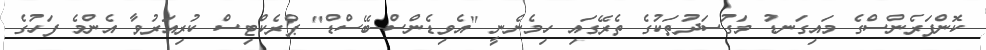
ކޮންފަރެންސްގެ މައިގަނޑު މަގުސަދުތަކުގެ ތެރޭގައި ހިމެނެނީ "އެވިޑެންސް-ބޭސްޑް" ޕްރެކްޓިސް ކުރިއަރުވާ އެންމެ ފަހުގެ